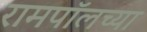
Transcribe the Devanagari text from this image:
रामपॉलच्या